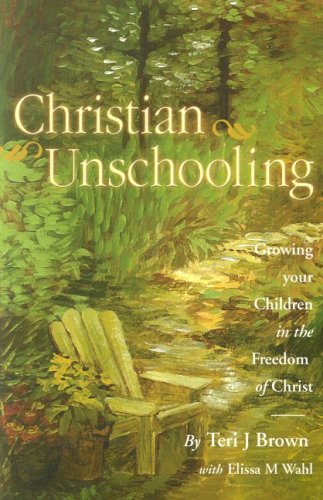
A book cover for Christian Unschooling; Teri J Brown; Christian Books & Bibles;